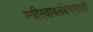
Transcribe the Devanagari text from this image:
स्त्रीस्वावलंबनासाठी